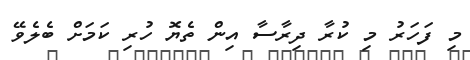
މި ފަހަރު މި ކުރާ ދިރާސާ އިން ތެޔޮ ހުރި ކަމަށް ބެލެވޭ